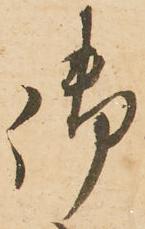
御